Indian journal of veterinary science and animal husbandry - Volume 10,
Year: 1940
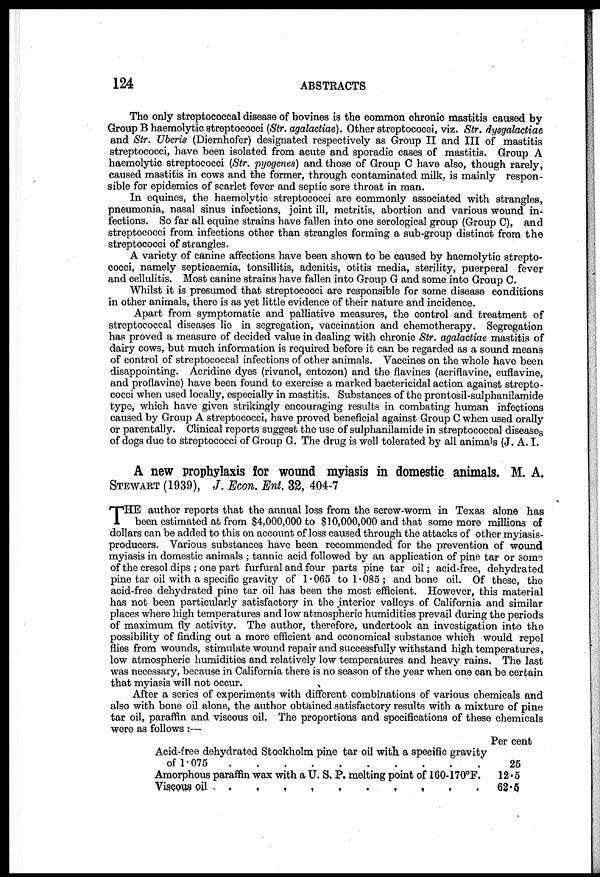
124
ABSTRACTS
The only streptococcal disease of bovines is the common chronic mastitis caused by
Group B haemolytic streptococci (Str. agalactiae). Other streptococci, viz. Str. dysgalactiae
and Str. Uberis (Diernhofer) designated respectively as Group II and III of mastitis
streptococci, have been isolated from acute and sporadic cases of mastitis. Group A
haemolytic streptococci (Str. pyogenes) and those of Group C have also, though rarely,
caused mastitis in cows and the former, through contaminated milk, is mainly respon-
sible for epidemics of scarlet fever and septic sore throat in man.
In equines, the haemolytic streptococci are commonly associated with strangles,
pneumonia, nasal sinus infections, joint ill, metritis, abortion and various wound in-
fections. So far all equine strains have fallen into one serological group (Group C), and
streptococci from infections other than strangles forming a sub-group distinct from the
streptococci of strangles.
A variety of canine affections have been shown to be caused by haemolytic strepto-
cocci, namely septicaemia, tonsillitis, adenitis, otitis media, sterility, puerperal fever
and cellulitis. Most canine strains have fallen into Group G and some into Group C.
Whilst it is presumed that streptococci are responsible for some disease conditions
in other animals, there is as yet little evidence of their nature and incidence.
Apart from symptomatic and palliative measures, the control and treatment of
streptococcal diseases lie in segregation, vaccination and chemotherapy. Segregation
has proved a measure of decided value in dealing with chronic Str. agalactiae mastitis of
dairy cows, but much information is required before it can be regarded as a sound means
of control of streptococcal infections of other animals. Vaccines on the whole have been
disappointing. Acridine dyes (rivanol, entozon) and the flavines (acriflavine, euflavine,
and proflavine) have been found to exercise a marked bactericidal action against strepto-
cocci when used locally, especially in mastitis. Substances of the prontosil-sulphanilamide
type, which have given strikingly encouraging results in combating human infections
caused by Group A streptococci, have proved beneficial against Group C when used orally
or parentally. Clinical reports suggest the use of sulphanilamide in streptococcal diseases
of dogs due to streptococci of Group G. The drug is well tolerated by all animals (J. A. I.
A new prophylaxis for wound myiasis in domestic animals. M. A.
STEWART (1939), J. Econ. Ent. 32, 404-7
T HE author reports that the annual loss from the screw-worm in Texas alone has
been estimated at from $4,000,000 to $10,000,000 and that some more millions of
dollars can be added to this on account of loss caused through the attacks of other myiasis¬
producers. Various substances have been recommended for the prevention of wound
myiasis in domestic animals ; tannic acid followed by an application of pine tar or some
of the cresol dips ; one part furfural and four parts pine tar oil; acid-free, dehydrated
pine tar oil with a specific gravity of 1.065 to 1.085 ; and bone oil. Of these, the
acid-free dehydrated pine tar oil has been the most efficient. However, this material
has not been particularly satisfactory in the interior valleys of California and similar
places where high temperatures and low atmospheric humidities prevail during the periods
of maximum fly activity. The author, therefore, undertook an investigation into the
possibility of finding out a more efficient and economical substance which would repel
flies from wounds, stimulate wound repair and successfully withstand high temperatures,
low atmospheric humidities and relatively low temperatures and heavy rains. The last
was necessary, because in California there is no season of the year when one can be certain
that myiasis will not occur.
After a series of experiments with different combinations of various chemicals and
also with bone oil alone, the author obtained satisfactory results with a mixture of pine
tar oil, paraffin and viscous oil. The proportions and specifications of these chemicals
were as follows :—
Acid-free dehydrated Stockholm pine tar oil with a specific gravity
of
1.075
.
.
.
.
.
.
.
.
.
.
Amorphous paraffin wax with a U. S. P. melting point of 160-170°F.
Viscous oil
.
.
.
.
.
.
.
.
.
.
Per cent
25
12.5
62.5